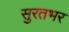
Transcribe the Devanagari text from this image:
सुरतभर